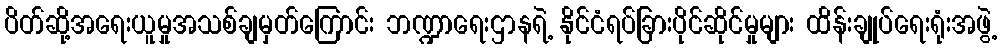
ပိတ်ဆို့အရေးယူမှုအသစ်ချမှတ်ကြောင်း ဘဏ္ဍာရေးဌာနရဲ့ နိုင်ငံရပ်ခြားပိုင်ဆိုင်မှုများ ထိန်းချုပ်ရေးရုံးအဖွဲ့